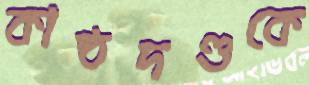
কাষ্ঠদণ্ডকে